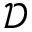
\mathcal { D }